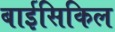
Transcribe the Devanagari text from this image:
बाईसिकिल